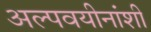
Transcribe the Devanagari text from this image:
अल्पवयीनांशी